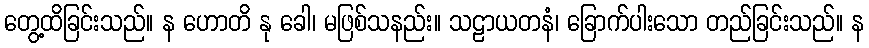
တွေ့ထိခြင်းသည်။ န ဟောတိ နု ခေါ၊ မဖြစ်သနည်း။ သဠာယတနံ၊ ခြောက်ပါးသော တည်ခြင်းသည်။ န